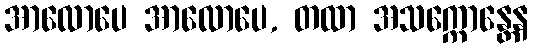
အာလောပေ အာလောပေ, တထာ အသက္ကောန္တေန